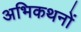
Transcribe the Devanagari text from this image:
अभिकथनों